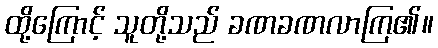
ထို့ကြောင့် သူတို့သည် ခဏခဏလာကြ၏။